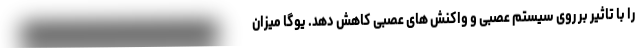
را با تاثیر بر روی سیستم عصبی و واکنش های عصبی کاهش دهد. یوگا میزان